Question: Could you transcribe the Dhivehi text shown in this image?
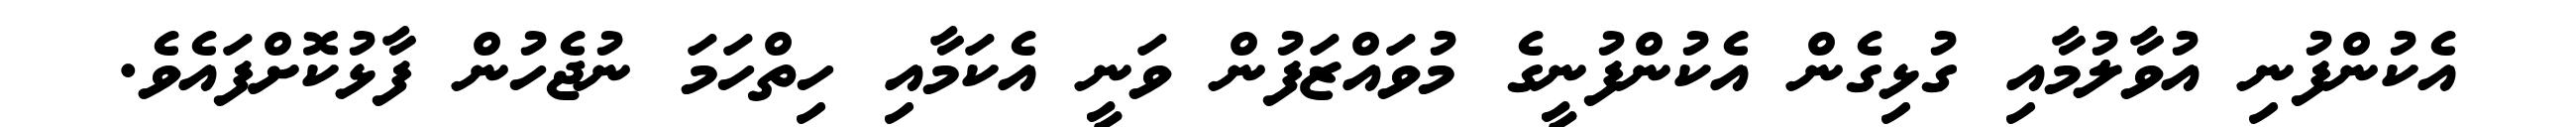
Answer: އެކުންފުނި އުވާލުމާއި ގުޅިގެން އެކުންފުނީގެ މުވައްޒަފުން ވަނީ އެކަމާއި ހިތްހަމަ ނުޖެހުން ފާޅުކޮށްފައެވެ.